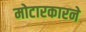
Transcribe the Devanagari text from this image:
मोटारकारने